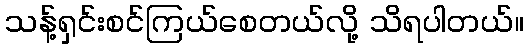
သန့်ရှင်းစင်ကြယ်စေတယ်လို့ သိရပါတယ်။